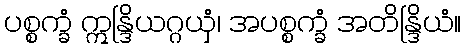
ပစ္စက္ခံ ဣန္ဒြိယဂ္ဂယှံ၊ အပစ္စက္ခံ အတိန္ဒြိယံ။